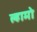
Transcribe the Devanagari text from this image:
ल्हामो